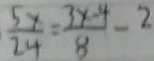
\frac { 5 x } { 2 4 } = \frac { 3 x - 4 } { 8 } - 2